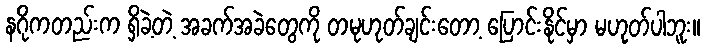
နဂိုကတည်းက ရှိခဲ့တဲ့ အခက်အခဲတွေကို တမုဟုတ်ချင်းတော့ ပြောင်းနိုင်မှာ မဟုတ်ပါဘူး။